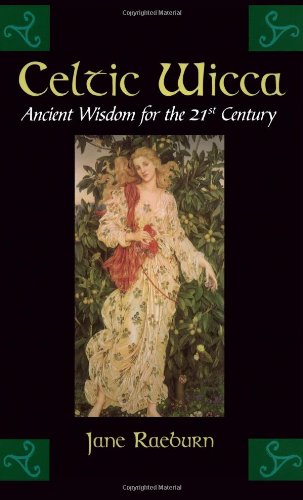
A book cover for Celtic Wicca: Ancient Wisdom for the 21st Century; Jane Raeburn; Religion & Spirituality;